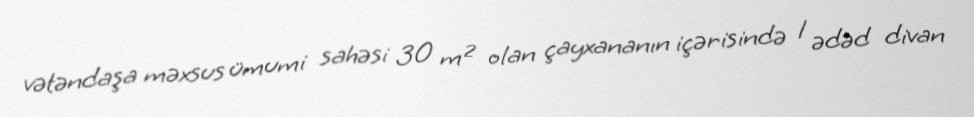
vətəndaşa məxsus ümumi sahəsi 30 m² olan çayxananın içərisində 1 ədəd divan